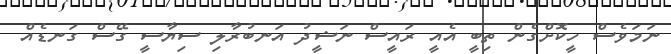
ނަމަވެސް ހީކޮށްގެން ތިބީ އެއީ ރައީސް ނަޝީދު އަނބުރާލި ސިޔާސީ ގޭސް ގަނޑެއް